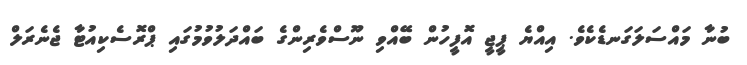
ބުނާ މައްސަލަގަނޑެކެވެ. އިއްޔެ ޕީޖީ އޮފީހުން ބޭއްވި ނޫސްވެރިންގެ ބައްދަލުވުމުގައި ޕްރޮސެކިއުޓާ ޖެނެރަލް